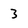
Character: 3